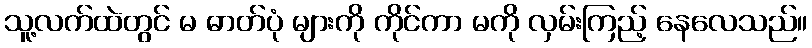
သူ့လက်ထဲတွင် မ ဓာတ်ပုံ များကို ကိုင်ကာ မကို လှမ်းကြည့် နေလေသည်။